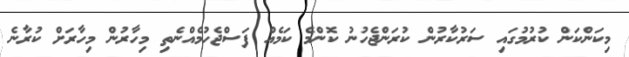
މިކަންކަން ކުރުމުގައި ސަރުކާރުން ކުރަންޖެހުނު ކޮންމެ ކަމެއް ފަސްޖެހުމެއްނެތި މިހާރުން މިހާރަށް ކުރާނެ